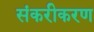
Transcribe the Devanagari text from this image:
संकरीकरण